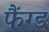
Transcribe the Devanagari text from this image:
फैंग्ड